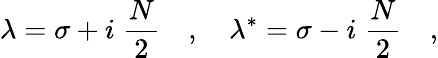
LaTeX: \lambda=\sigma+i\; \frac{N}{2}\quad,\quad\lambda^{*}=\sigma-i\; \frac{N}{2}\quad,